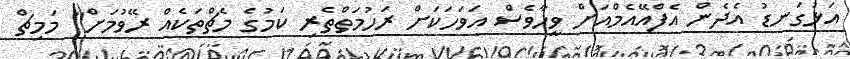
އަޅުގަނޑު އެދެން އެފްއޭއެމްއަށް ވީހާވެސް އަވަހަކަށް ރަހުމަތްތެރި ކަމުގެ މެޗްތަކެއް ރޭވުމަށް" މަމިޗް